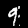
Digit: 9